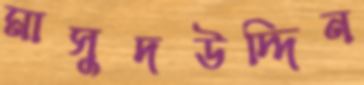
মাসুদউদ্দিন